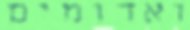
ואדומים